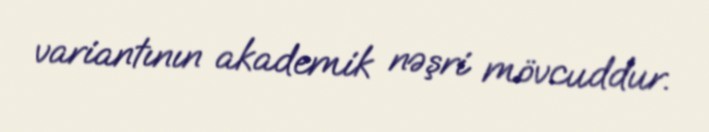
variantının akademik nəşri mövcuddur.